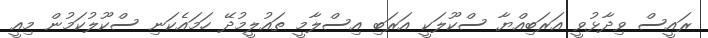
ރައީސް ވިދާޅުވީ އަރަބިއްޔާ ސްކޫލަކީ އަރަބި އިސްލާމީ ތައުލީމުދޭ ހަމައެކަނި ސްކޫލުކަމުން މިއީ